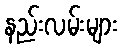
နည်းလမ်းများ